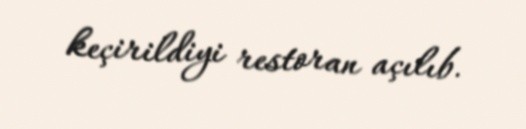
keçirildiyi restoran açılıb.